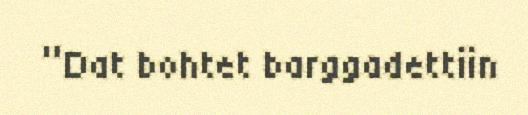
“Dat bohtet barggadettiin